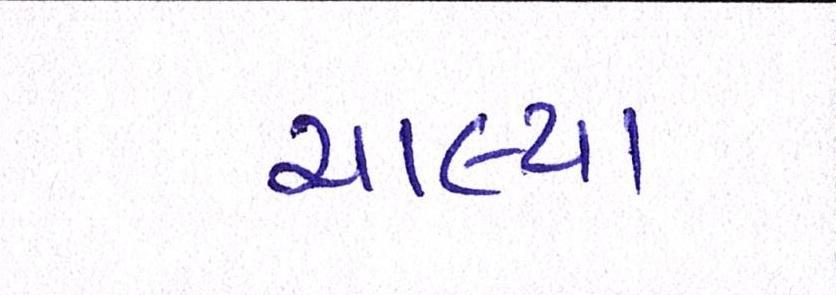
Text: ચાલ્યા